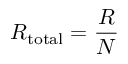
R _ { \mathrm { t o t a l } } = { \frac { R } { N } }